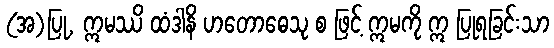
(အ)ပြု, ဣမဿိ ထံဒါနိ ဟတောဓေသု စ ဖြင့် ဣမကို ဣ ပြုရခြင်းသာ